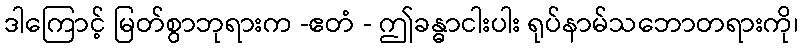
ဒါကြောင့် မြတ်စွာဘုရားက -ဧတံ - ဤခန္ဓာငါးပါး ရုပ်နာမ်သဘောတရားကို၊